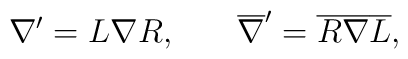
\nabla ^{\prime }=L\nabla R,\hspace{0.3in}\overline{\nabla}^{\prime }= \overline{R}\overline{\nabla }\overline{L},